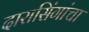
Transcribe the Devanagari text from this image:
दारासिंगांचा